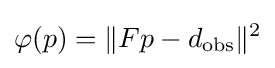
\varphi (p)=\|Fp-d_{\text{obs}}\|^{2}